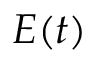
E ( t )